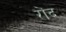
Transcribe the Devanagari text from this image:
रोंद